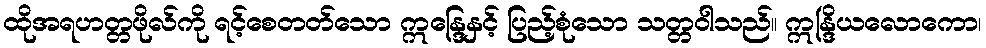
ထိုအရဟတ္တဖိုလ်ကို ရင့်စေတတ်သော ဣန္ဒြေနှင့် ပြည့်စုံသော သတ္တဝါသည်။ ဣန္ဒြိယလောကော၊